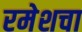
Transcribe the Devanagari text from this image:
रमेशचा